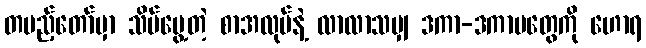
တပည့်တော်မှာ သိမ်မွေ့တဲ့ စာအလုပ်နဲ့ လာလာသမျှ ဒကာ-ဒကာမတွေကို ဟောရ